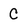
Character: C